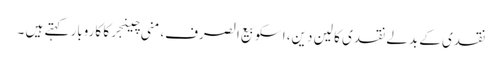
نقدی کے بدلے نقدی کا لین دین، اسکو بیع الصرف،منی چینجرکا کاروبار کہتے ہیں ۔